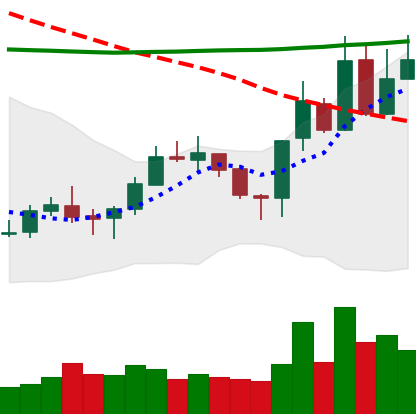
Ticker: XLM-USD
Chart end date: 2020-10-22
Forward return: -4.07%
Label: down_3_5